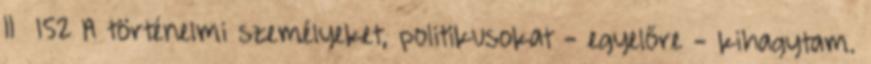
II 152 A történelmi személyeket, politikusokat - egyelőre - kihagytam.